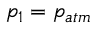
p _ { 1 } = p _ { a t m }